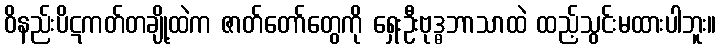
ဝိနည်းပိဋကတ်တချို့ထဲက ဇာတ်တော်တွေကို ရှေးဦးဗုဒ္ဓဘာသာထဲ ထည့်သွင်းမထားပါဘူး။